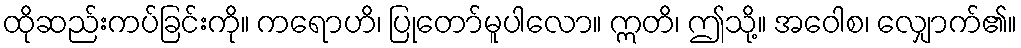
ထိုဆည်းကပ်ခြင်းကို။ ကရောဟိ၊ ပြုတော်မူပါလော။ ဣတိ၊ ဤသို့။ အဝေါစ၊ လျှောက်၏။